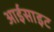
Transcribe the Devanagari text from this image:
आईसाइट